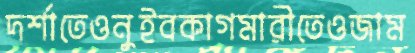
দর্শাতেওনুইবকাগমারীতেওজাম